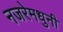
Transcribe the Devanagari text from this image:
नजरेमधुनी